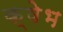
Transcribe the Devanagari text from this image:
क्षेभ